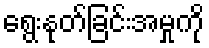
ရွေးနုတ်ခြင်းအမှုကို